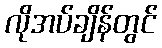
လိုအပ်ချိန်တွင်